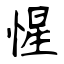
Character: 惺